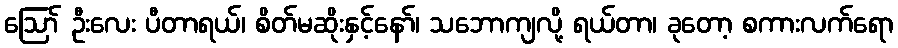
ဪ ဦးလေး ပီတာရယ်၊ စိတ်မဆိုးနှင့်နော်၊ သဘောကျလို့ ရယ်တာ၊ ခုတော့ စကားလက်ရော